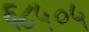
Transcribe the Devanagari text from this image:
६८५०५